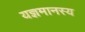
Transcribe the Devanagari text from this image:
यज्ञमानस्य